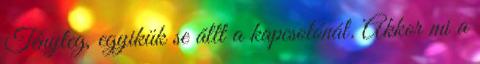
Tényleg, egyikük se állt a kapcsolónál. Akkor mi a